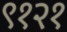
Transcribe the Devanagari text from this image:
९१२१